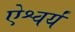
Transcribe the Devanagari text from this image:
ऐश्वर्यं